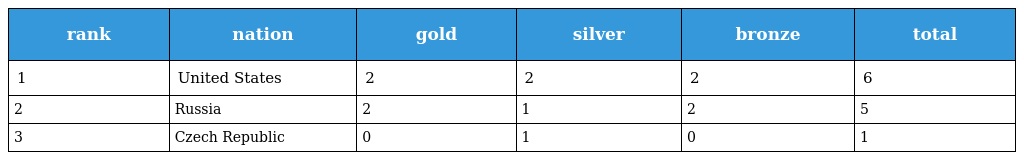
| rank | nation | gold | silver | bronze | total |
 | --- | --- | --- | --- | --- | --- |
 | 1 | United States | 2 | 2 | 2 | 6 |
 | 2 | Russia | 2 | 1 | 2 | 5 |
 | 3 | Czech Republic | 0 | 1 | 0 | 1 |